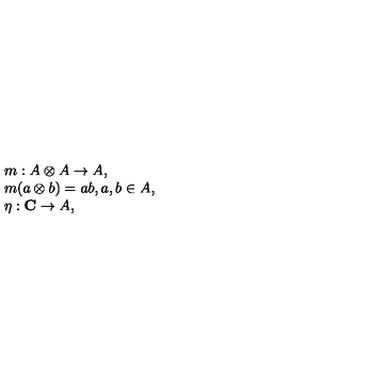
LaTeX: \begin{array} { r c l } { } & { } & { m : A \otimes A \to A , } \\ { } & { } & { m ( a \otimes b ) = a b , a , b \in A , } \\ { } & { } & { \eta : { \bf C } \to A , } \\ \end{array}